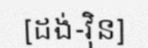
[ដង់-វ៉ិន]